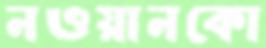
নওয়ানকো